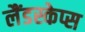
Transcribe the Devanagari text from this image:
लैंडस्केप्स